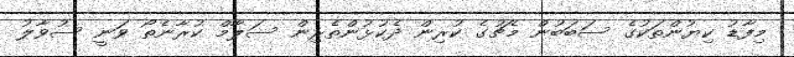
މިފާޑު ކިޔުންތަކުގެ ސަބަބުން މެޗުގެ ކުރިން ދެކުޅުންތެރިން ސަލާމް ކުރާނެތޯ ވަނީ ސުވާލު